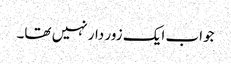
جواب ایک زور دار نہیں تھا۔